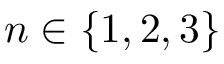
n \in \{ 1 , 2 , 3 \}